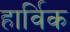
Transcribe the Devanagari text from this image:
हार्विक